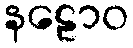
နဠောဝ